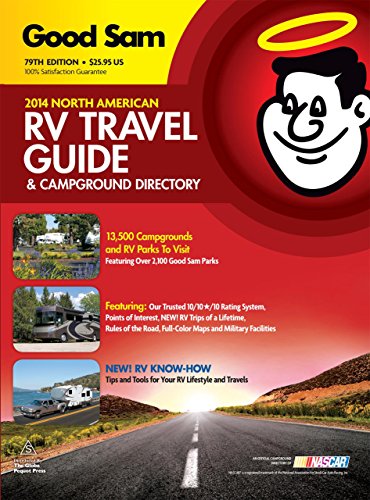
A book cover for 2014 Good Sam RV Travel Guide & Campground Directory: The Most Comprehensive RV Resource Ever!; Good Sam Enterprises; Travel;